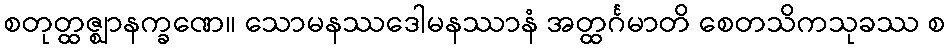
စတုတ္ထဇ္ဈာနက္ခဏေ။ သောမနဿဒေါမနဿာနံ အတ္ထင်္ဂမာတိ စေတသိကသုခဿ စ